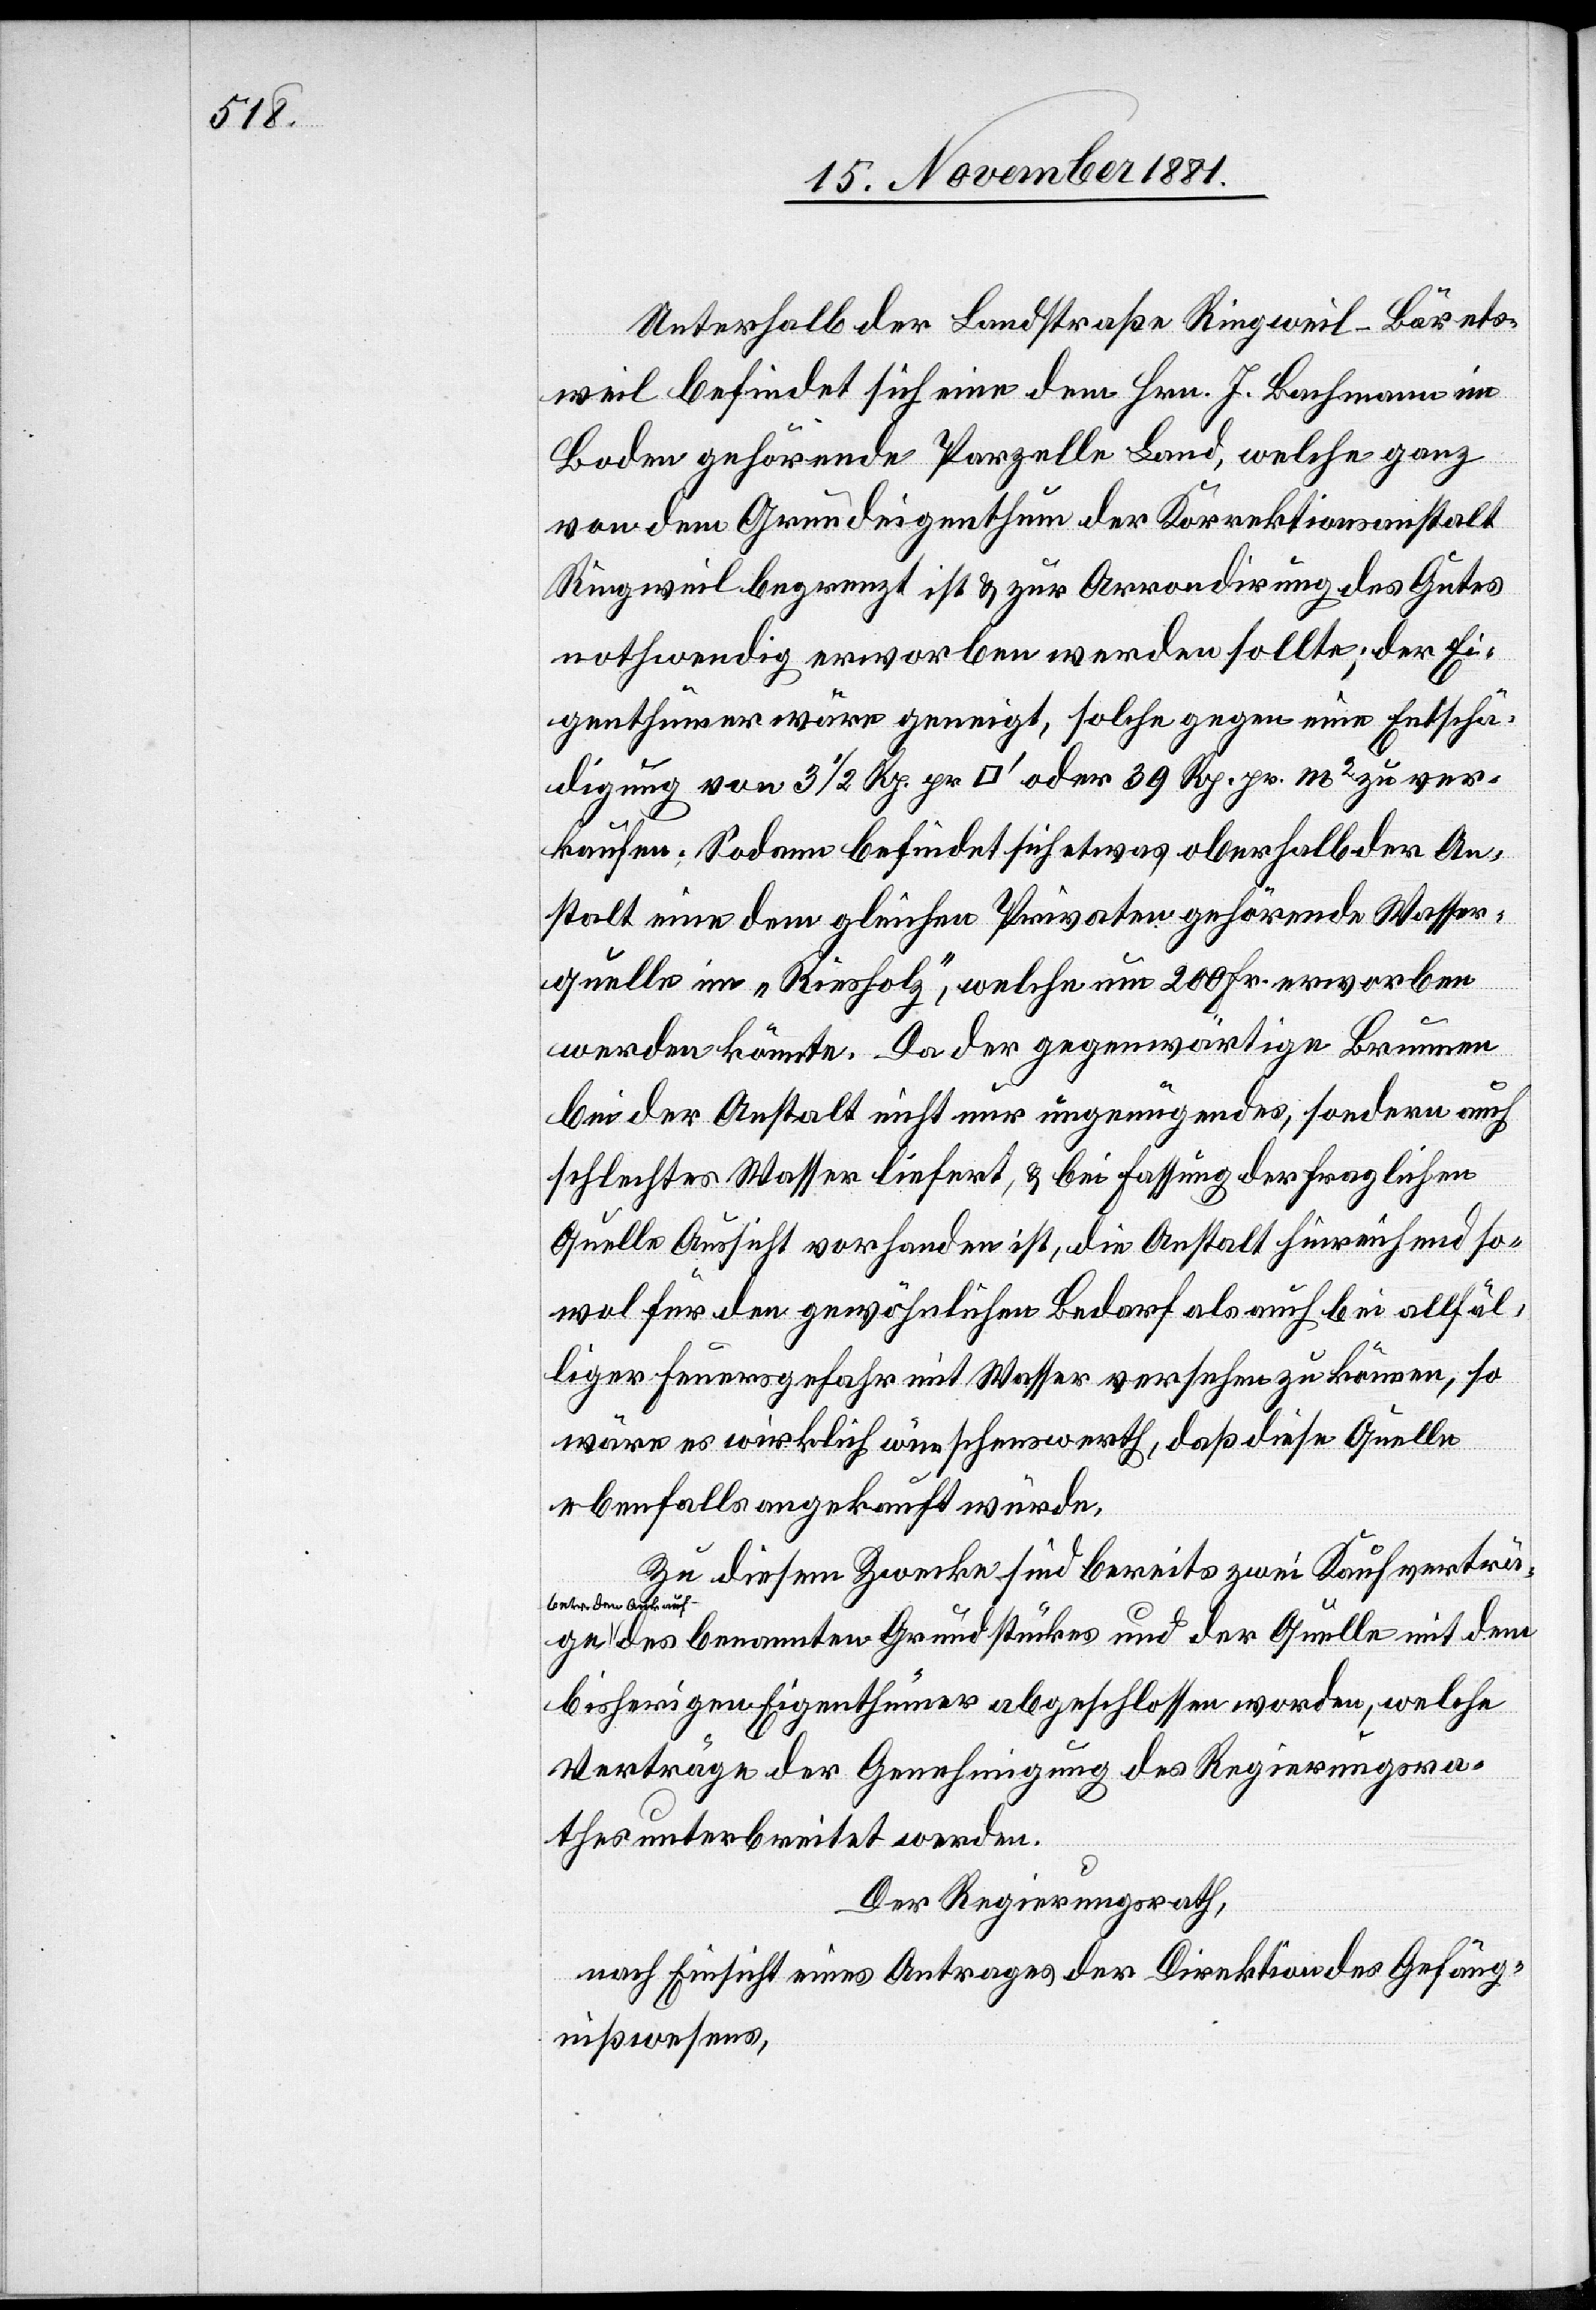
Unterhalb der Landstraße Ringweil–Bärets¬
weil befindet sich eine dem Hrn. J. Bachmann im
Boden gehörende Parzelle Land, welche ganz
von dem Grundeigenthum der Korrektionsanstalt
Ringweil begrenzt ist & zur Arrondirung des Gutes
nothwendig erworben werden sollte; der Ei¬
genthümer wäre geneigt, solche gegen eine Entschä¬
digung von 3 1/2 Rp. pro [Quadratfuss] oder 39 Rp. pr. m2 zu ver¬
kaufen. Sodann befindet sich etwas oberhalb der An¬
stalt eine dem gleichen Privaten gehörende Wasser¬
quelle im „Riesholz“, welche um 200 Fr. erworben
werden könnte. Da der gegenwärtige Brunnen
bei der Anstalt nicht nur ungenügendes, sondern auch
schlechtes Wasser liefert, & bei Fassung der fraglichen
Quelle Aussicht vorhanden ist, die Anstalt hinreichend so¬
wol für den gewöhnlichen Bedarf als auch bei allfäl¬
liger Feuersgefahr mit Wasser versehen zu können, so
wäre es wirklich wünschenswerth, daß diese Quelle
ebenfalls angekauft würde.
Zu diesem Zwecke sind bereits zwei Kaufverträge
betr. den Ankauf
des benannten Grundstückes und der Quelle mit dem
bisherigen Eigenthümer abgeschlossen worden, welche
Verträge der Genehmigung des Regierungsra¬
thes unterbreitet werden.
Der Regierungsrath,
nach Einsicht eines Antrages der Direktion des Gefäng¬
nißwesens,